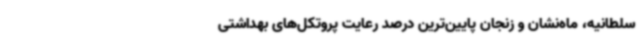
سلطانیه، ماه‌نشان و زنجان پایین‌ترین درصد رعایت پروتکل‌های بهداشتی